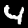
Label: 4